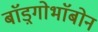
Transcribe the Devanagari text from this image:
बाॅड़्गोभाॅबोन